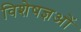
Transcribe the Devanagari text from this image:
विशेषज्ञओं